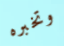
وتخبره